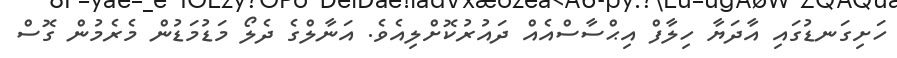
ހަށިގަނޑުގައި އާދަޔާ ހިލާފް އިޙްސާސްއެއް ދައުރުކޮށްލިއެވެ. އަނާލްގެ ދެލޯ މަޑުމަޑުން މެރެމުން ގޮސް